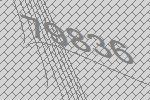
79836